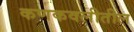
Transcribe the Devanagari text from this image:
कणकवलीतील